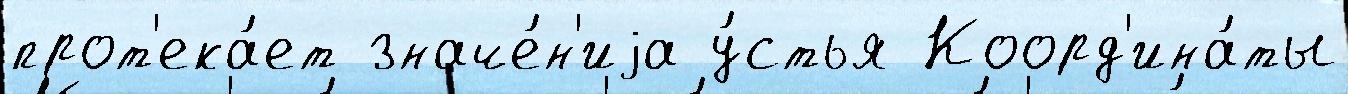
прот'ека́ет значе́н'иjа у́стья Коорд'ина́ты